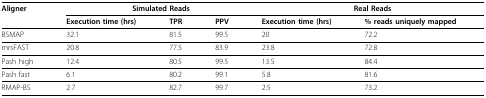
| Aligner | <COLSPAN=3> Simulated Reads | <COLSPAN=2> Real Reads |
 |  | Execution time (hrs) | TPR | PPV | Execution time (hrs) | % reads uniquely mapped |
 | --- | --- | --- | --- | --- | --- |
 | BSMAP | 32.1 | 81.5 | 99.5 | 20 | 72.2 |
 | mrsFAST | 20.8 | 77.5 | 83.9 | 23.8 | 72.8 |
 | Pash high | 12.4 | 80.5 | 99.5 | 13.5 | 84.4 |
 | Pash fast | 6.1 | 80.2 | 99.1 | 5.8 | 81.6 |
 | RMAP-BS | 2.7 | 82.7 | 99.7 | 2.5 | 73.2 |